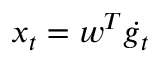
\boldsymbol x _ { t } = \boldsymbol w ^ { T } \dot { \boldsymbol g _ { t } }